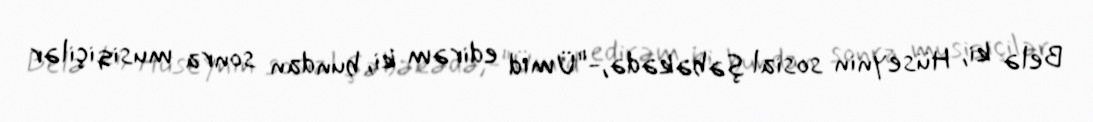
Belə ki, Hüseynin sosial şəbəkədə,-"Ümid edirəm ki, bundan sonra musiqiçilər